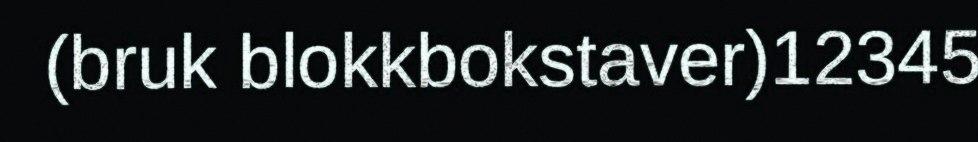
(bruk blokkbokstaver)12345